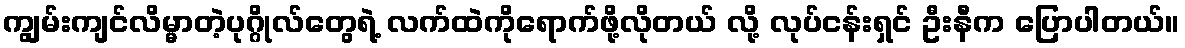
ကျွမ်းကျင်လိမ္မာတဲ့ပုဂ္ဂိုလ်တွေရဲ့ လက်ထဲကိုရောက်ဖို့လိုတယ် လို့ လုပ်ငန်းရှင် ဦးနီက ပြောပါတယ်။